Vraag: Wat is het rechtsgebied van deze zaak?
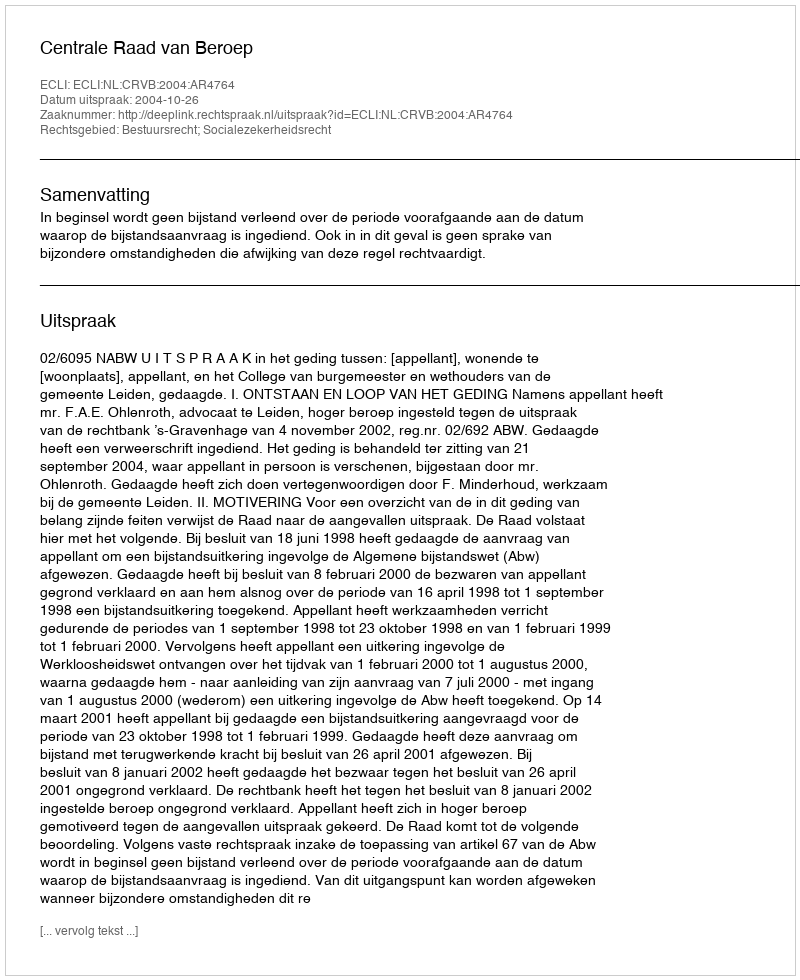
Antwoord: Bestuursrecht; Socialezekerheidsrecht